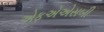
એફએએસબી